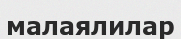
малаялилар